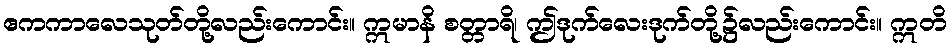
ဧကကာလေသုတ်တို့လည်းကောင်း။ ဣမာနိ စတ္တာရိ၊ ဤဒုက်လေးဒုက်တို့၌လည်းကောင်း။ ဣတိ